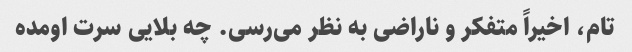
تام، اخیراً متفکر و ناراضی به نظر می‌رسی. چه بلایی سرت اومده